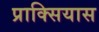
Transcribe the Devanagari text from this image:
प्राक्सियास